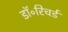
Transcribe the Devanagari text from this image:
डॉ॰रिचर्ड